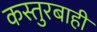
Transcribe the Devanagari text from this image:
कस्तुरबाही